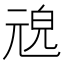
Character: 𠒜